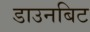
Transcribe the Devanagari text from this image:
डाउनबिट